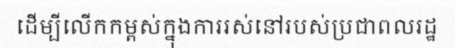
ដើម្បីលើកកម្ពស់ក្នុងការរស់នៅរបស់ប្រជាពលរដ្ឋ